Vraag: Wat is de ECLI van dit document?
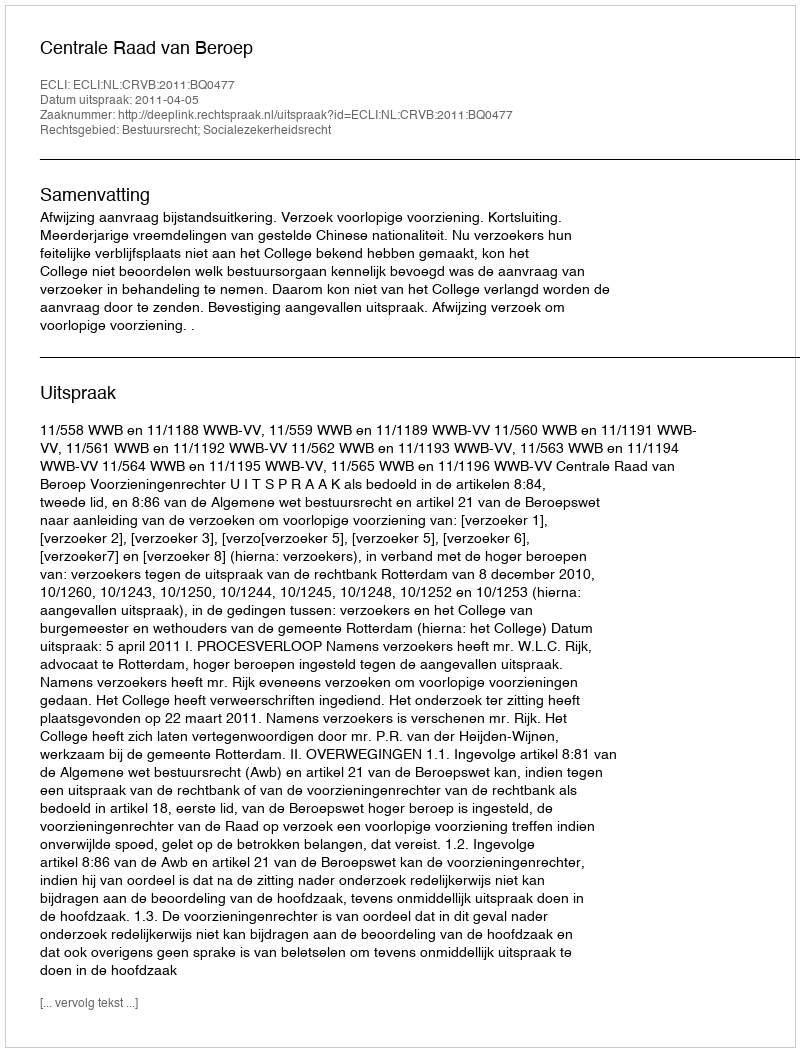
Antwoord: ECLI:NL:CRVB:2011:BQ0477